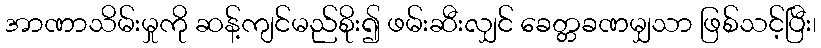
အာဏာသိမ်းမှုကို ဆန့်ကျင်မည်စိုး၍ ဖမ်းဆီးလျှင် ခေတ္တခဏမျှသာ ဖြစ်သင့်ပြီး၊